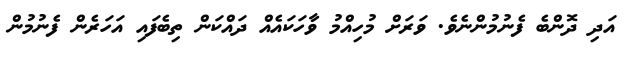
އަދި ދޮންބެ ފެނުމުންނެވެ. ވަރަށް މުހިއްމު ވާހަކައެއް ދައްކަން ތިބެފައި އަހަރެން ފެނުމުން